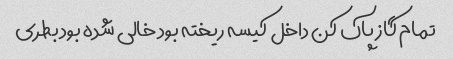
تمام گاز پاک کن داخل کیسه ریخته بود خالی شده بود بطری